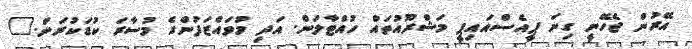
އޭރުން ޖެހޭނީ ގިނަ ޕީއެސްއައިޕީ މަޝްރޫއުތައް ހުއްޓާލަން. އަދި މުވައްޒަފުންގެ މުސާރަ ކުޑަކުރަން."